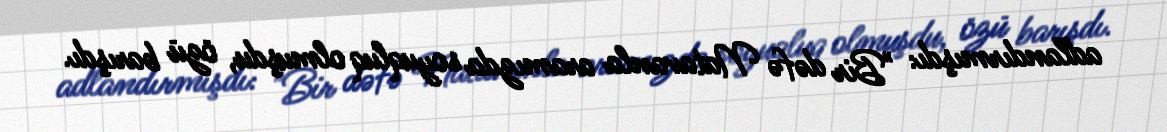
adlandırmışdı: "Bir dəfə Natavanla aramızda soyuqluq olmuşdu, özü barışdı.